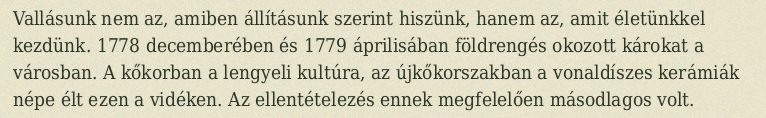
Vallásunk nem az, amiben állításunk szerint hiszünk, hanem az, amit életünkkel kezdünk. 1778 decemberében és 1779 áprilisában földrengés okozott károkat a városban. A kőkorban a lengyeli kultúra, az újkőkorszakban a vonaldíszes kerámiák népe élt ezen a vidéken. Az ellentételezés ennek megfelelően másodlagos volt.